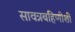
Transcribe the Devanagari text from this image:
सावत्रबहिणीशी